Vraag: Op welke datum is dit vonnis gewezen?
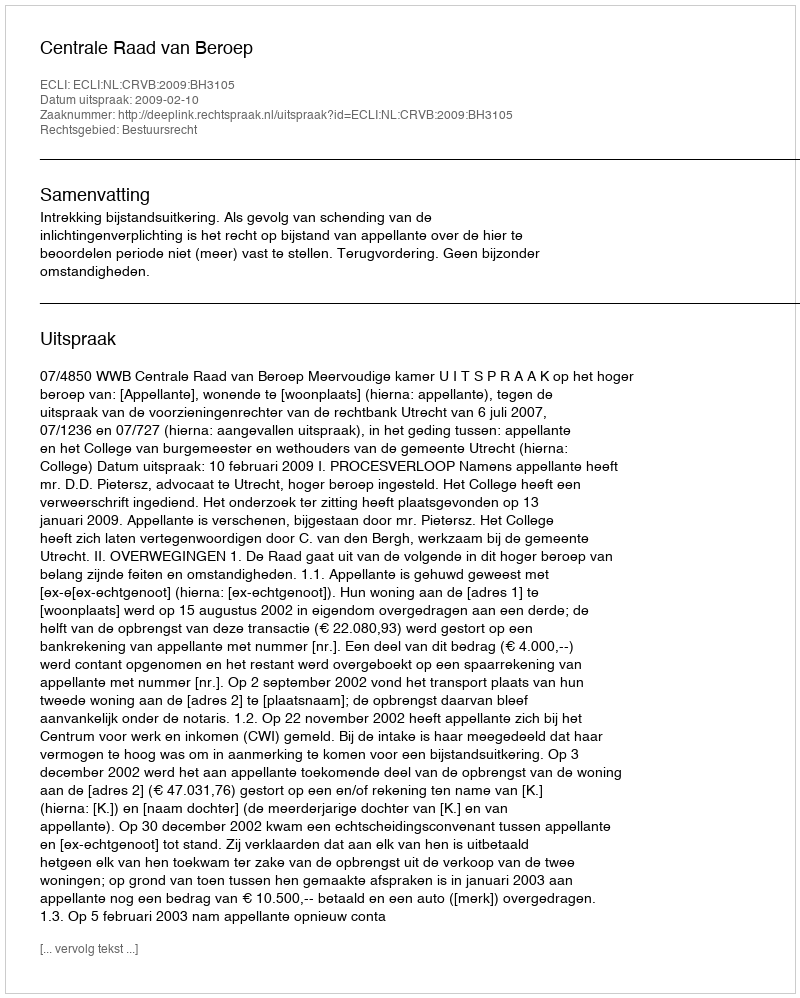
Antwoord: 2009-02-10